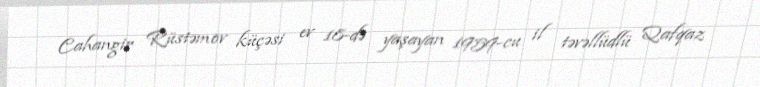
Cahangir Rüstəmov küçəsi ev 18-də yaşayan 1959-cu il təvəllüdlü Qafqaz